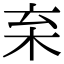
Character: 𣏋